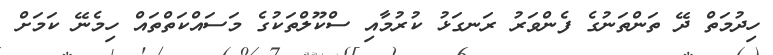
ހިދުމަތް ދޭ ތަންތަނުގެ ފެންވަރު ރަނގަޅު ކުރުމާއި ސްކޫލްތަކުގެ މަސައްކަތްތައް ހިމެނޭ ކަމަށް